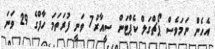
އެހެން ނަމަވެސް ޕޯޗްގަލް ކެޕްޓަން ސީއާރު7 ވަނީ ފުރަތަމަ ހާފްގެ 29 ވަނަ